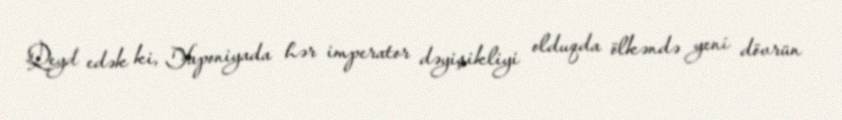
Qeyd edək ki, Yaponiyada hər imperator dəyişikliyi olduqda ölkəndə yeni dövrün